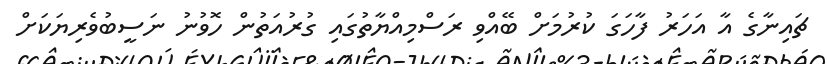
ޗައިނާގެ އާ އަހަރު ފާހަގަ ކުރުމަށް ބޭއްވި ރަސްމިއްޔާތުގައި ގުރުއަތުން ހޮވުނު ނަސީބުވެރިޔަކަށް